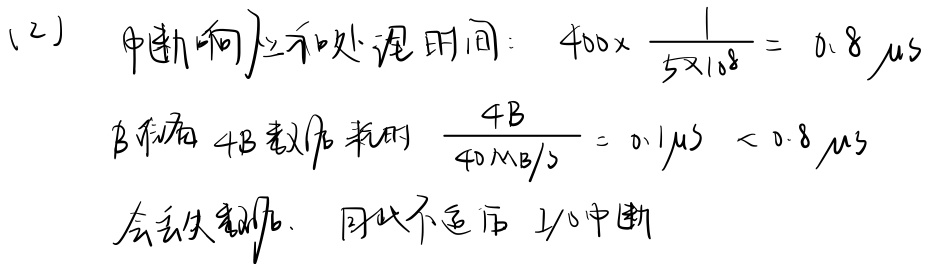
(2) 中断响应和处理时间：\(400\times\frac{1}{5\times 10^{8}} = 0.8\ \mu s\)。传输 \(4\text{B}\) 数据耗时 \(\frac{4\text{B}}{40\text{MB}/s}= 0.1\ \mu s<0.8\ \mu s\)，会丢失数据，因此不适合 I/O中断。